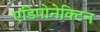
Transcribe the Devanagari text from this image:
एडिपोनेक्टिन